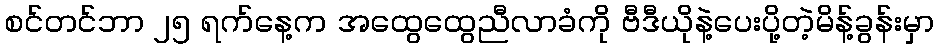
စင်တင်ဘာ ၂၅ ရက်နေ့က အထွေထွေညီလာခံကို ဗီဒီယိုနဲ့ပေးပို့တဲ့မိန့်ခွန်းမှာ